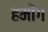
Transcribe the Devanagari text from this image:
हमोंग